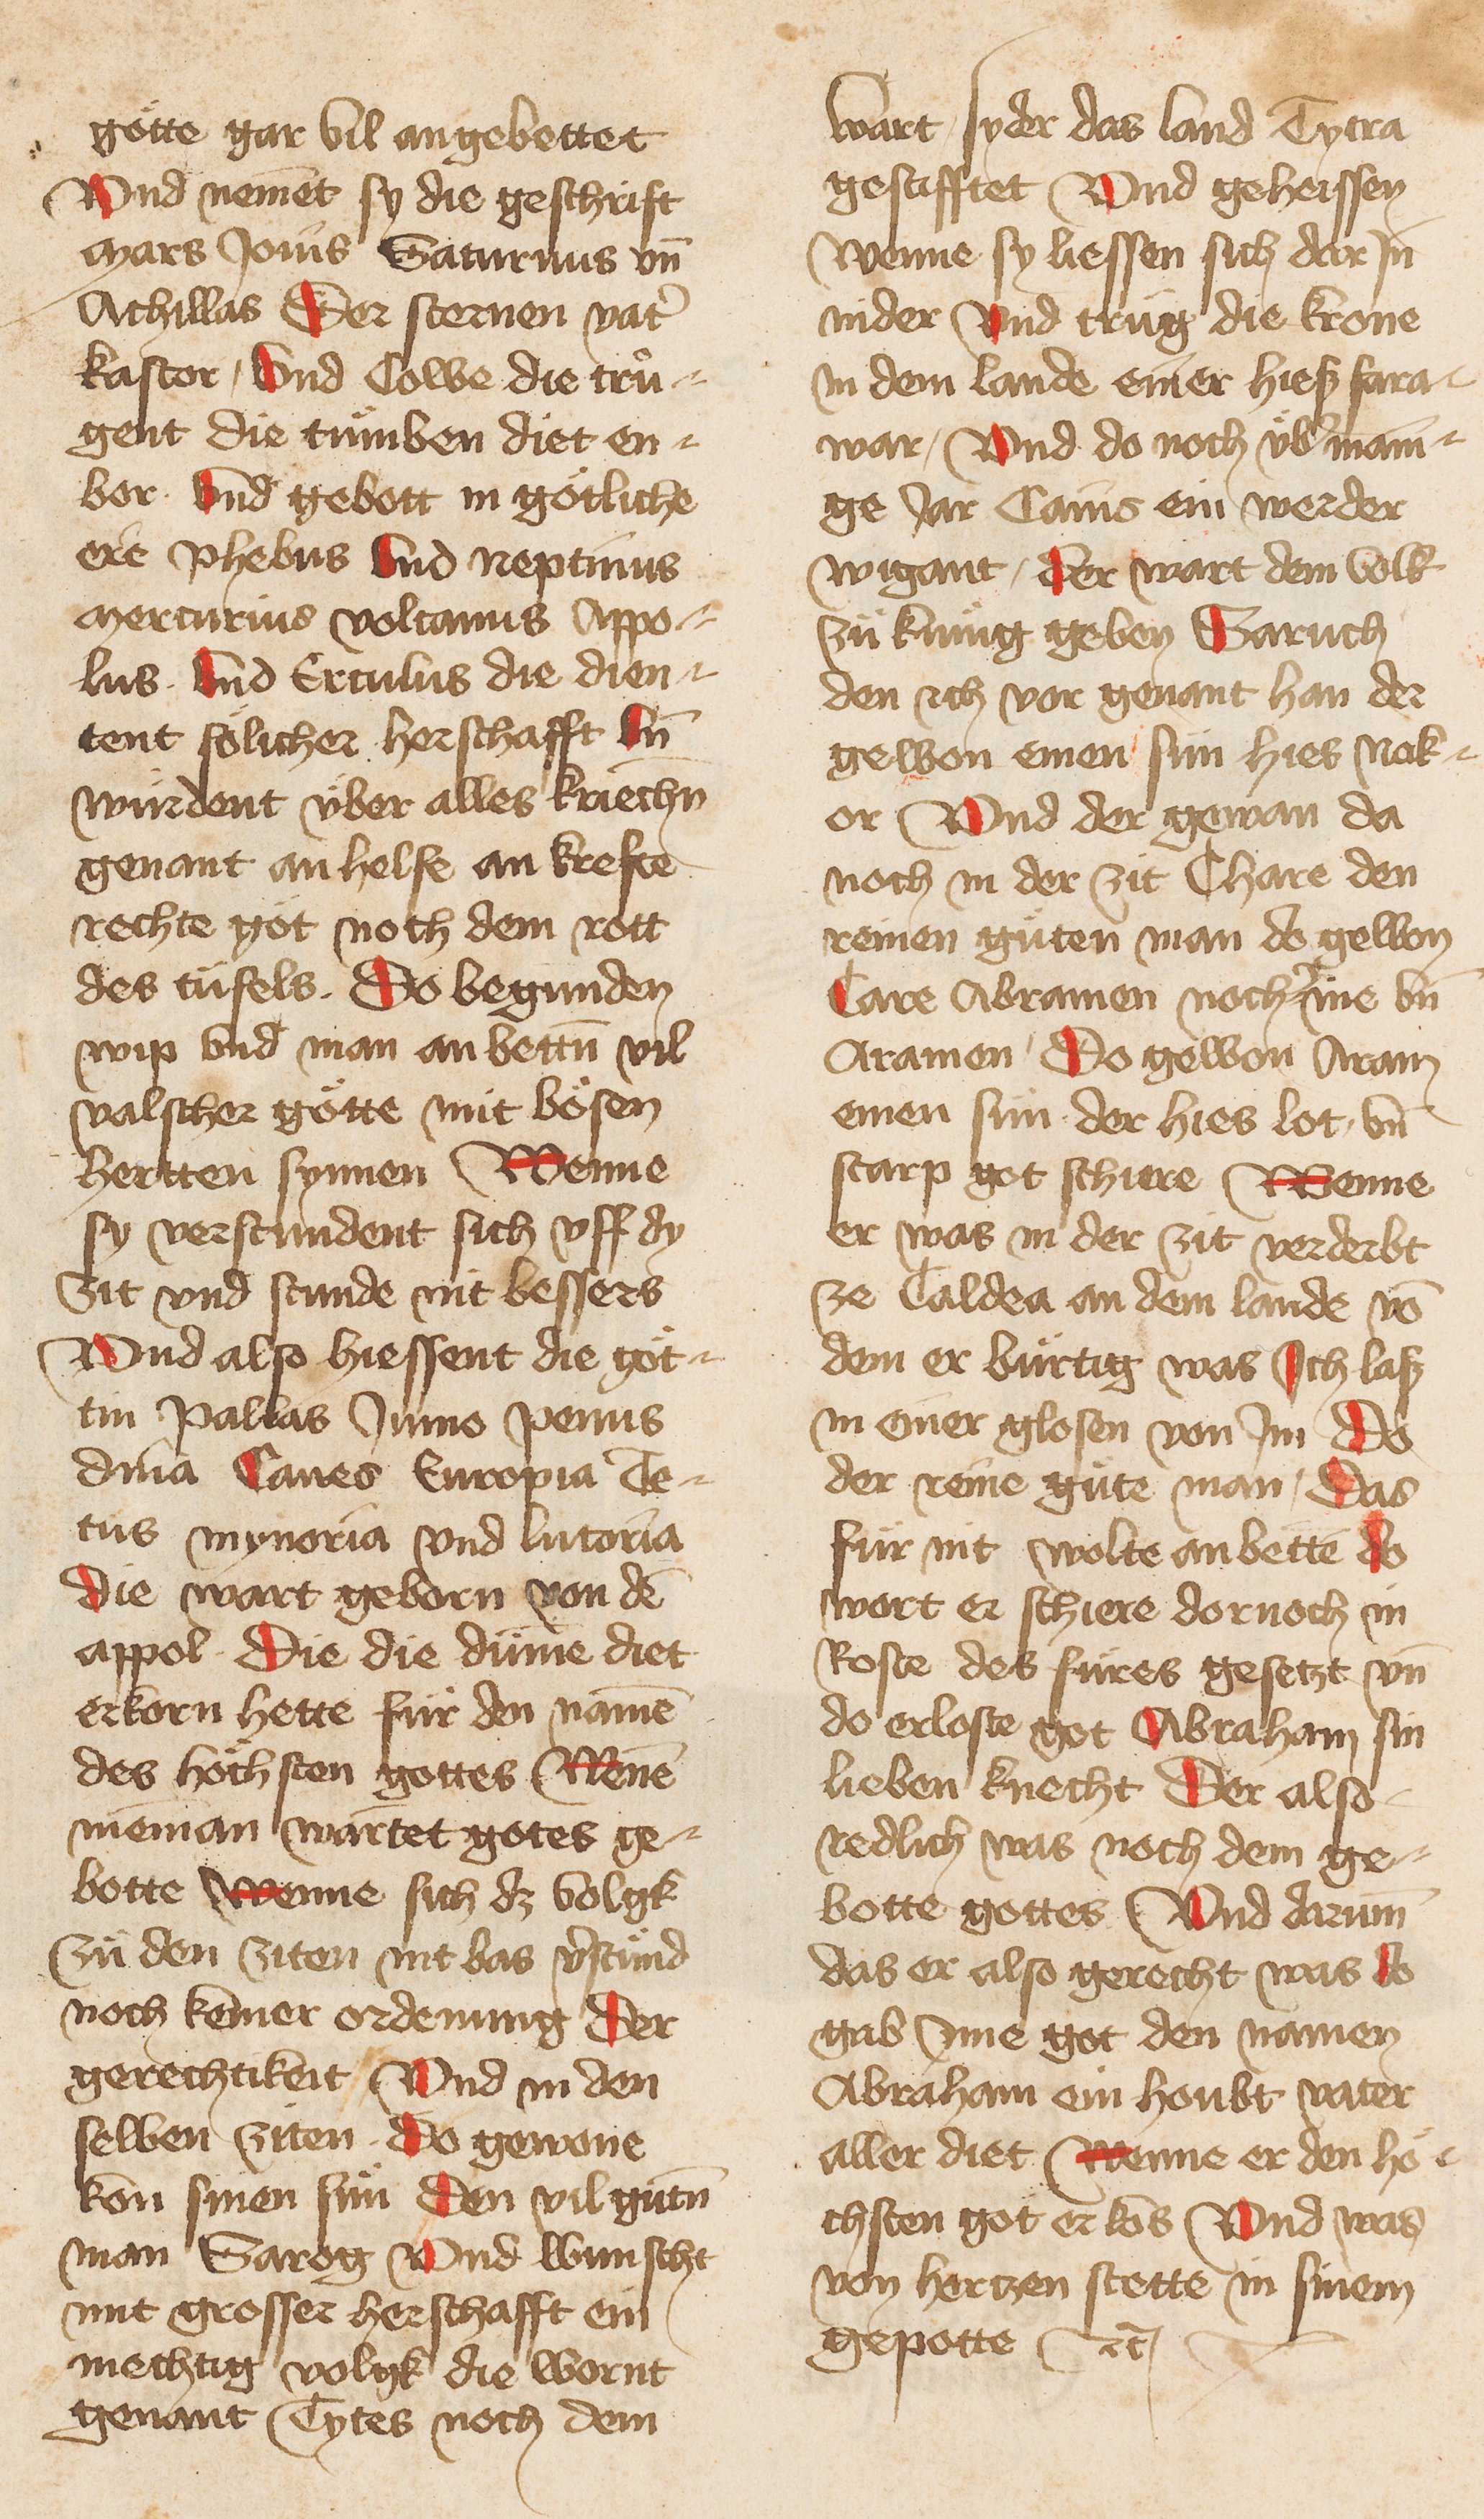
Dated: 1400–1499